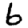
Digit: 6